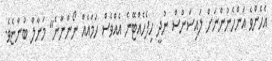
އެހެންވެ އަންހެނުންނަށް ލައިސަންސް ނުދީ ހިފެހެއްޓޭނެ އެއްވެސް ހަމައެއް ނޯންނާނެ" މަނާލް ބުންޏެވެ.